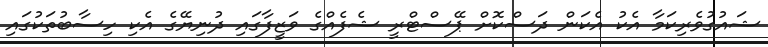
ޝައުގުވެރިކަމާ އެކު އެކަން ދަސްކޮށް ޕޭސްޓްރީ ޝެފެއްގެ ވަޒީފާގައި ދުނިޔޭގެ އެކި ހިސާބުތަކުގައި